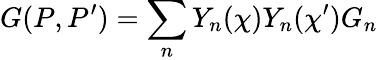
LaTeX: G(P,P^{\prime})=\sum_{n}Y_{n}(\chi)Y_{n}(\chi^{\prime})G_{n}